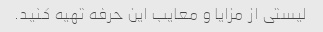
لیستی از مزایا و معایب این حرفه تهیه کنید.